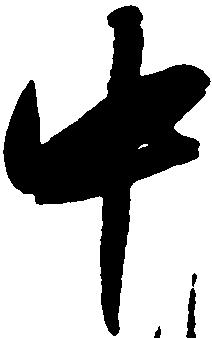
中